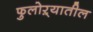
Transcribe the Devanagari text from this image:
फुलोऱ्यातील